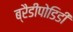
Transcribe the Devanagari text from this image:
ब्रैडीपोडिडी